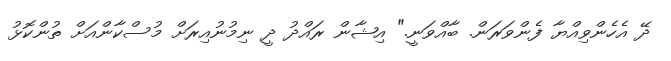
ދޭ އެހެންވިއްޔާ ފެންވަރަން. ބާއްވަނީ." އިޝާން ރައްދު ދީ ނިމުނުއިރަށް މުސްކާންއަށް ތުންކޮޅު